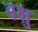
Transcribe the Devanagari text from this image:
बक्षु